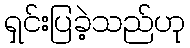
ရှင်းပြခဲ့သည်ဟု